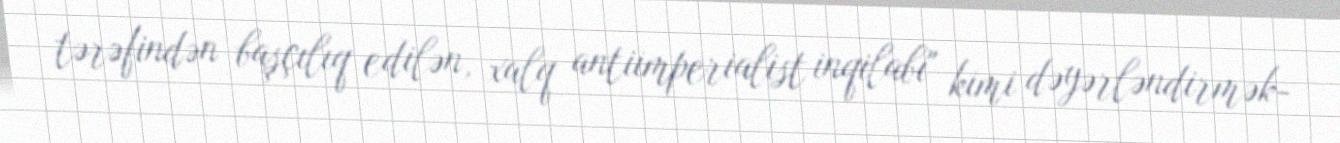
tərəfindən başçılıq edilən, xalq antiimperialist inqilabı" kimi dəyərləndirmək-